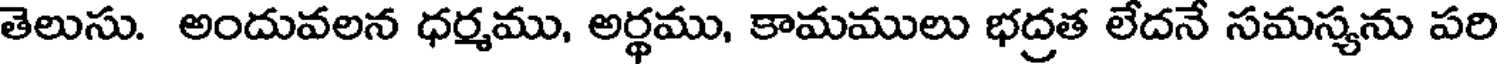
తెలుసు. అందువలన ధర్మము, అర్థము, కామములు భద్రత లేదనే సమస్యను పరి